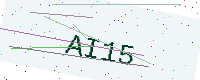
Text: AI15